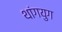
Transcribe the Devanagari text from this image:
थांगयुग